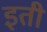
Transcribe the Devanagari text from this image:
इती